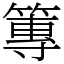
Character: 篿